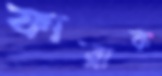
ফারাক